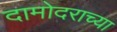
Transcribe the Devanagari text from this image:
दामोदराच्या